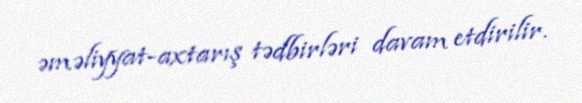
əməliyyat-axtarış tədbirləri davam etdirilir.